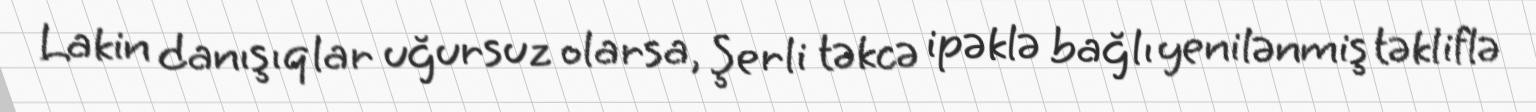
Lakin danışıqlar uğursuz olarsa, Şerli təkcə ipəklə bağlı yenilənmiş təkliflə